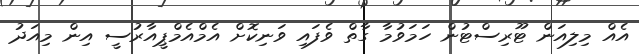
އެއް މިލިއަން ޓޫރިސްޓުން ހަމަވުމާ ގާތް ވެފައި ވަނިކޮށް އެމްއެމްޕީއާރުސީ އިން މިއަދު